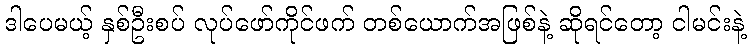
ဒါပေမယ့် နှစ်ဦးစပ် လုပ်ဖော်ကိုင်ဖက် တစ်ယောက်အဖြစ်နဲ့ ဆိုရင်တော့ ငါမင်းနဲ့